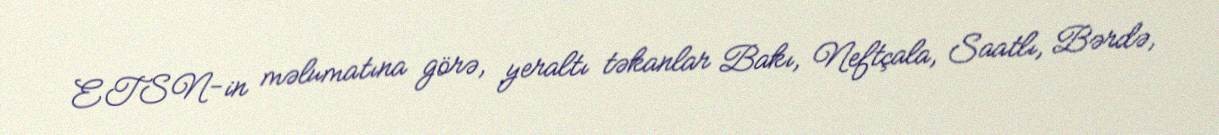
ETSN-in məlumatına görə, yeraltı təkanlar Bakı, Neftçala, Saatlı, Bərdə,